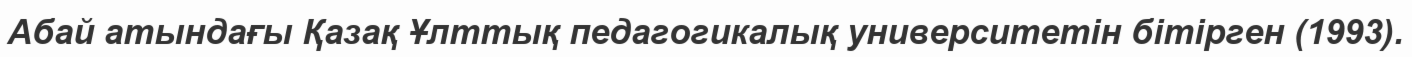
Абай атындағы Қазақ Ұлттық педагогикалық университетін бітірген (1993).